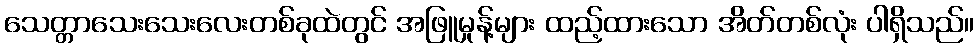
သေတ္တာသေးသေးလေးတစ်ခုထဲတွင် အဖြူမှုန့်များ ထည့်ထားသော အိတ်တစ်လုံး ပါရှိသည်။